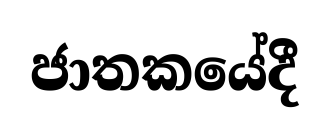
ජාතකයේදී